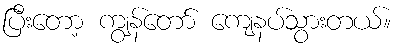
ပြီးတော့ ကျွန်တော် ကျေနပ်သွားတယ်။